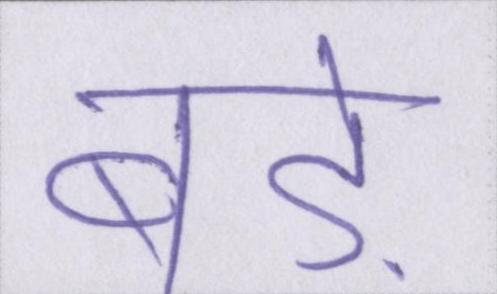
बड़े